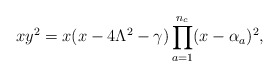
\begin{align*}x y^{2} = x (x-4\Lambda^{2} -\gamma) \prod_{a=1}^{n_{c}} (x-\alpha_{a})^{2},\end{align*}